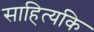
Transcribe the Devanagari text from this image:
साहित्यकि